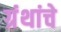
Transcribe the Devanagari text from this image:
ग्रंंथांचे